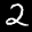
Label: 2